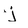
Character: j